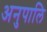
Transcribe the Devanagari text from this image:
अनुपालि